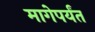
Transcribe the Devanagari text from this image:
मागेपर्यंत